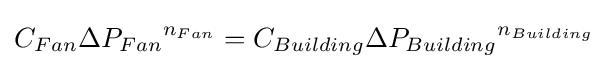
C_{Fan}{{\Delta }P_{Fan}}^{n_{Fan}}=C_{Building}{{\Delta }P_{Building}}^{n_{Building}}\,\!